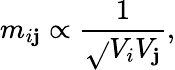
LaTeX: m_{i\mathbf{j}}\propto{\frac{{1}}{{\sqrt{}{{V_{i}V_{\mathbf{j}}}}}}},